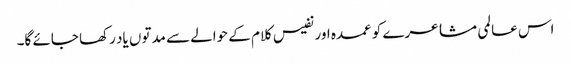
اس عالمی مشاعرے کو عمدہ اور نفیس کلام کے حوالے سے مدتوں یاد رکھا جائے گا۔